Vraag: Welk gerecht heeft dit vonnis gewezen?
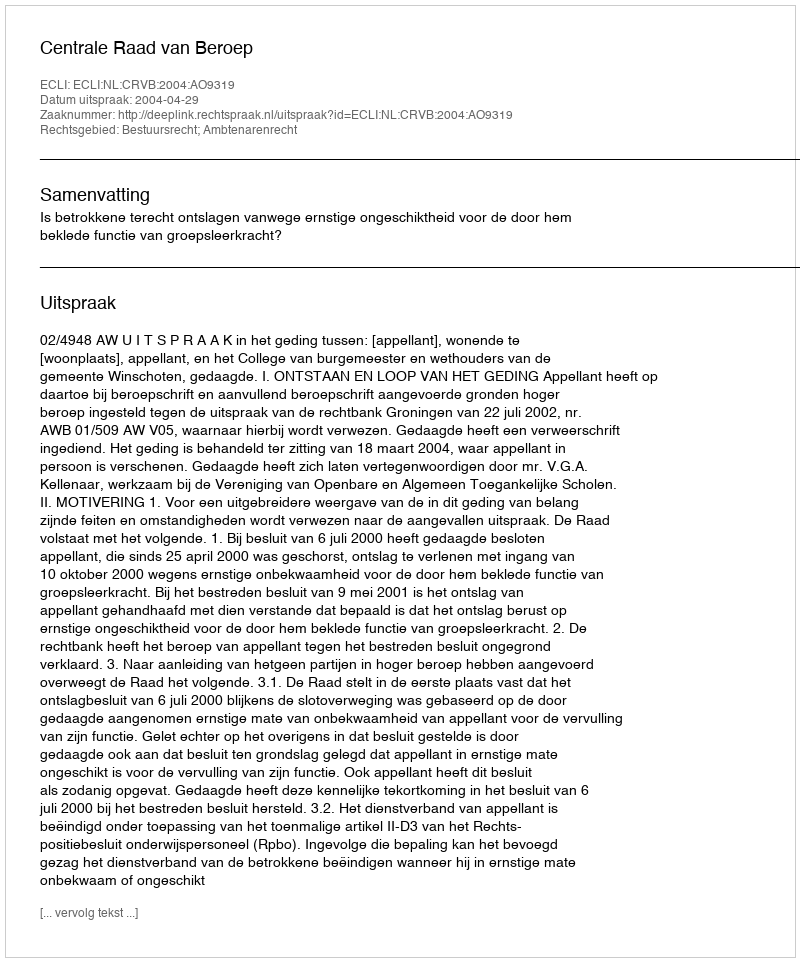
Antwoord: Centrale Raad van Beroep